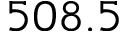
5 0 8 . 5